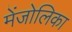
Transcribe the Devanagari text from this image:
मेंजोलिका